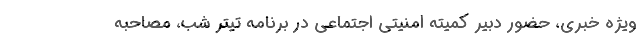
ویژه خبری، حضور دبیر کمیته امنیتی اجتماعی در برنامه تیتر شب، مصاحبه